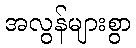
အလွန်များစွာ